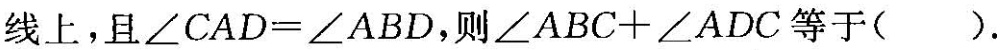
线上，D在AC的垂直平分线上，且∠CAD=∠ABD，则∠ABC+∠ADC等于()